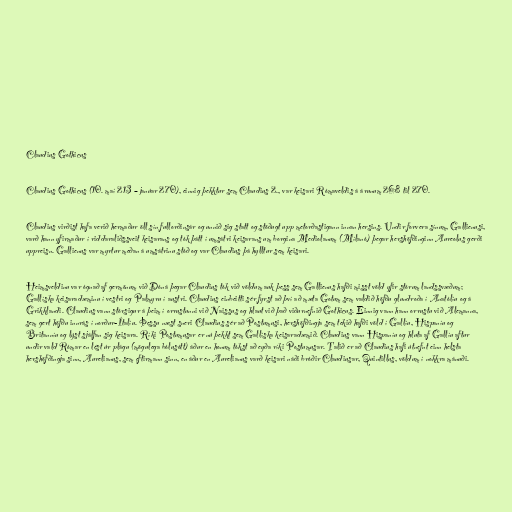
Claudius Gothicus

Claudius Gothicus (10. maí 213 – janúar 270), einnig þekktur sem Claudius 2., var keisari Rómaveldis á árunum 268 til 270.

Claudius virðist hafa verið hermaður öll sín fullorðinsár og unnið sig statt og stöðugt upp metorðastigann innan hersins. Undir forvera sínum, Gallienusi,
varð hann yfirmaður í riddaraliðssveit keisarans og tók þátt í umsátri keisarans um borgina Mediolanum (Mílanó) þegar hershöfðinginn Aureolus gerði
uppreisn. Gallienus var myrtur meðan á umsátrinu stóð og var Claudius þá hylltur sem keisari.

Heimsveldinu var ógnað af germönum við Dóná þegar Claudius tók við völdum auk þess sem Gallienus hafði misst völd yfir stórum landssvæðum;
Gallíska keisaradæminu í vestri og Palmyru í austri. Claudius einbeitti sér fyrst að því að mæta Gotum sem valdið höfðu glundroða í Anatólíu og á
Grikklandi. Claudius vann stórsigur á þeim í orrustunni við Naissus og hlaut við það viðurnefnið Gothicus. Einnig vann hann orrustu við Alemanna,
sem gert höfðu innrás í norður-Ítalíu. Þessu næst sneri Claudius sér að Postumusi, hershöfðingja sem tekið hafði völd í Gallíu, Hispaníu og
Britanníu og lýst sjálfan sig keisara. Ríki Postumusar er nú þekkt sem Gallíska keisaradæmið. Claudius vann Hispaníu og hluta af Gallíu aftur
undir vald Rómar en lést úr plágu (mögulega bólusótt) áður en honum tókst að eyða ríki Postumusar. Talið er að Claudius hafi útnefnt einn helsta
hershöfðingja sinn, Aurelianus, sem eftirmann sinn, en áður en Aurelianus varð keisari náði bróðir Claudiusar, Quintillus, völdum í nokkra mánuði.